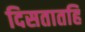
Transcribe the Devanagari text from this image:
दिसतातहि